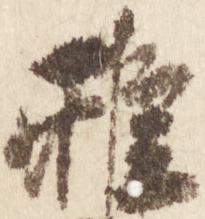
雅